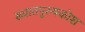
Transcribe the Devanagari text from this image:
ख्यातपुरुषकोश